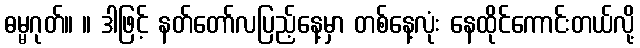
ဓမ္မဂုတ်။ ။ ဒါဖြင့် နတ်တော်လပြည့်နေ့မှာ တစ်နေ့လုံး နေထိုင်ကောင်းတယ်လို့